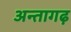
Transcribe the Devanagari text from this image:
अन्तागढ़